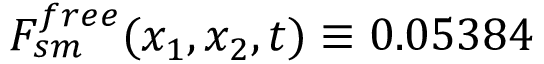
F _ { s m } ^ { f r e e } ( x _ { 1 } , x _ { 2 } , t ) \equiv 0 . 0 5 3 8 4